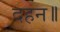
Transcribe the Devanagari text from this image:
दहन॥